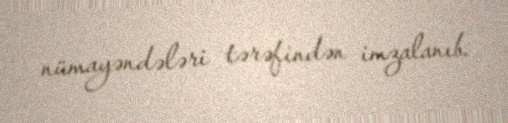
nümayəndələri tərəfindən imzalanıb.